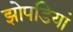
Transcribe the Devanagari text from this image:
झोपडियां